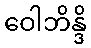
ဝေါဘိန္ဒိ